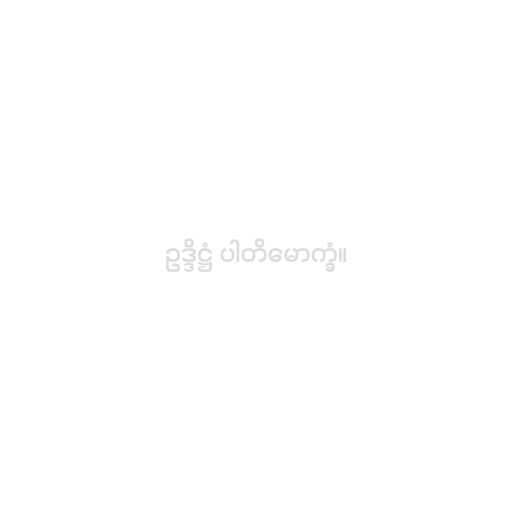
ဥဒ္ဒိဋ္ဌံ ပါတိမောက္ခံ။